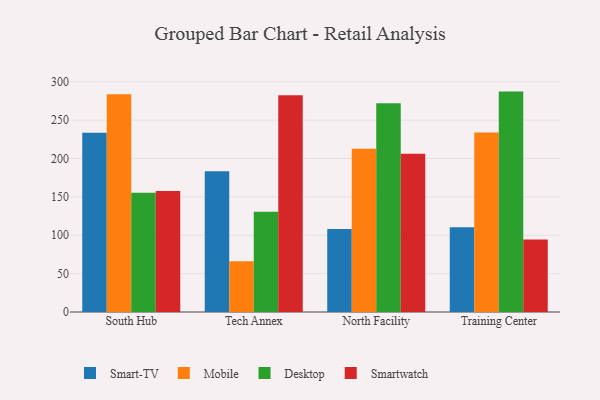
{"axis": {"x": "Campus", "y": "Demand Index"}, "legend": ["Desktop", "Mobile", "Smart-TV", "Smartwatch"], "data": [{"x": "South Hub", "y": 233.6, "type": "Smart-TV"}, {"x": "South Hub", "y": 283.6, "type": "Mobile"}, {"x": "South Hub", "y": 155.3, "type": "Desktop"}, {"x": "South Hub", "y": 157.6, "type": "Smartwatch"}, {"x": "Tech Annex", "y": 183.5, "type": "Smart-TV"}, {"x": "Tech Annex", "y": 66.0, "type": "Mobile"}, {"x": "Tech Annex", "y": 130.5, "type": "Desktop"}, {"x": "Tech Annex", "y": 282.4, "type": "Smartwatch"}, {"x": "North Facility", "y": 108.2, "type": "Smart-TV"}, {"x": "North Facility", "y": 212.6, "type": "Mobile"}, {"x": "North Facility", "y": 272.0, "type": "Desktop"}, {"x": "North Facility", "y": 206.1, "type": "Smartwatch"}, {"x": "Training Center", "y": 110.4, "type": "Smart-TV"}, {"x": "Training Center", "y": 234.0, "type": "Mobile"}, {"x": "Training Center", "y": 287.2, "type": "Desktop"}, {"x": "Training Center", "y": 94.5, "type": "Smartwatch"}]}